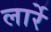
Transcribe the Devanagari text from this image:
लार्रे